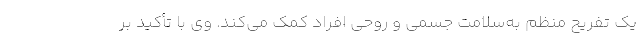
یک تفریح منظم به‌سلامت جسمی و روحی افراد کمک می‌کند. وی با تأکید بر